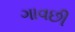
ગાવછી